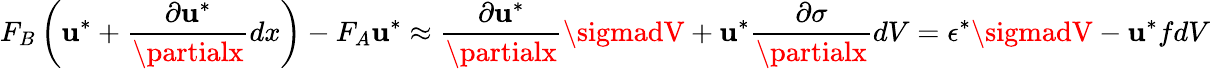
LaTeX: F_{B}\left(\mathbf{u}^{*}+{\frac{{\partial\mathbf{u}^{*}}}{{\partialx}}}dx\right)-F_{A}\mathbf{u}^{*}\approx{\frac{{\partial\mathbf{u}^{*}}}{{\partialx}}}\sigmadV+\mathbf{u}^{*}{\frac{{\partial\sigma}}{{\partialx}}}dV=\epsilon^{*}\sigmadV-\mathbf{u}^{*}fdV